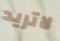
لاتريد